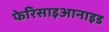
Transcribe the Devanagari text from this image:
फेरिसाइआनाइड